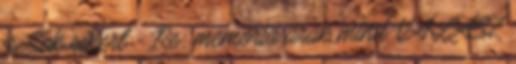
is Sok sikert - Re: memoria arak mind VÁLASZ